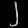
Digit: ၂